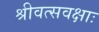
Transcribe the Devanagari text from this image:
श्रीवत्सवक्षाः